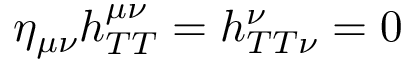
\eta _ { \mu \nu } h _ { T T } ^ { \mu \nu } = h _ { T T \nu } ^ { \nu } = 0